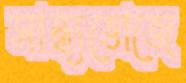
সান্ধ্যভোজে